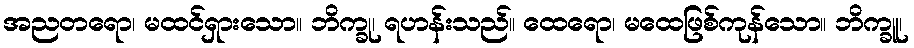
အညတရော၊ မထင်ရှားသော။ ဘိက္ခု၊ ရဟန်းသည်။ ထေရော၊ မထေဖြစ်ကုန်သော။ ဘိက္ခူ၊